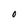
Character: O